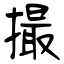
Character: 撮